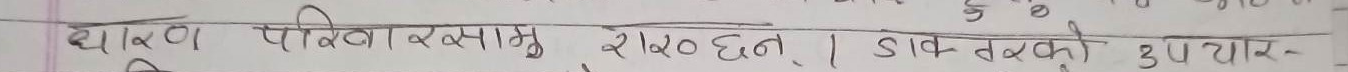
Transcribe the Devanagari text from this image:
शाख परिकारमा शंख छैन। डाब को उपार-